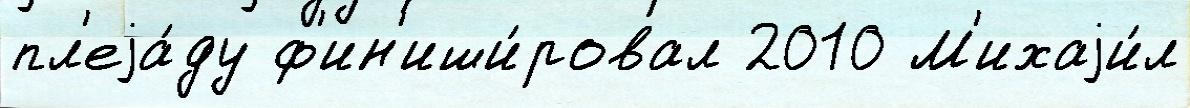
пл'еjа́ду ф'ин'иши́ровал 2010 М'ихаjи́л